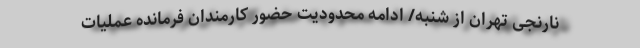
نارنجی تهران از شنبه/ ادامه محدودیت حضور کارمندان فرمانده عملیات